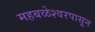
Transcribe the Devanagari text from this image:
महबळेश्वरपासून